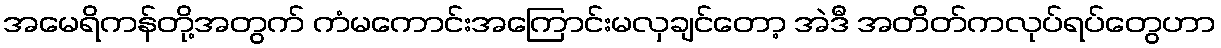
အမေရိကန်တို့အတွက် ကံမကောင်းအကြောင်းမလှချင်တော့ အဲဒီ အတိတ်ကလုပ်ရပ်တွေဟာ